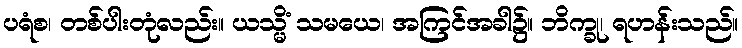
ပရံစ၊ တစ်ပါးတုံလည်း။ ယသ္မိံ သမယေ၊ အကြင်အခါ၌။ ဘိက္ခု၊ ရဟန်းသည်။